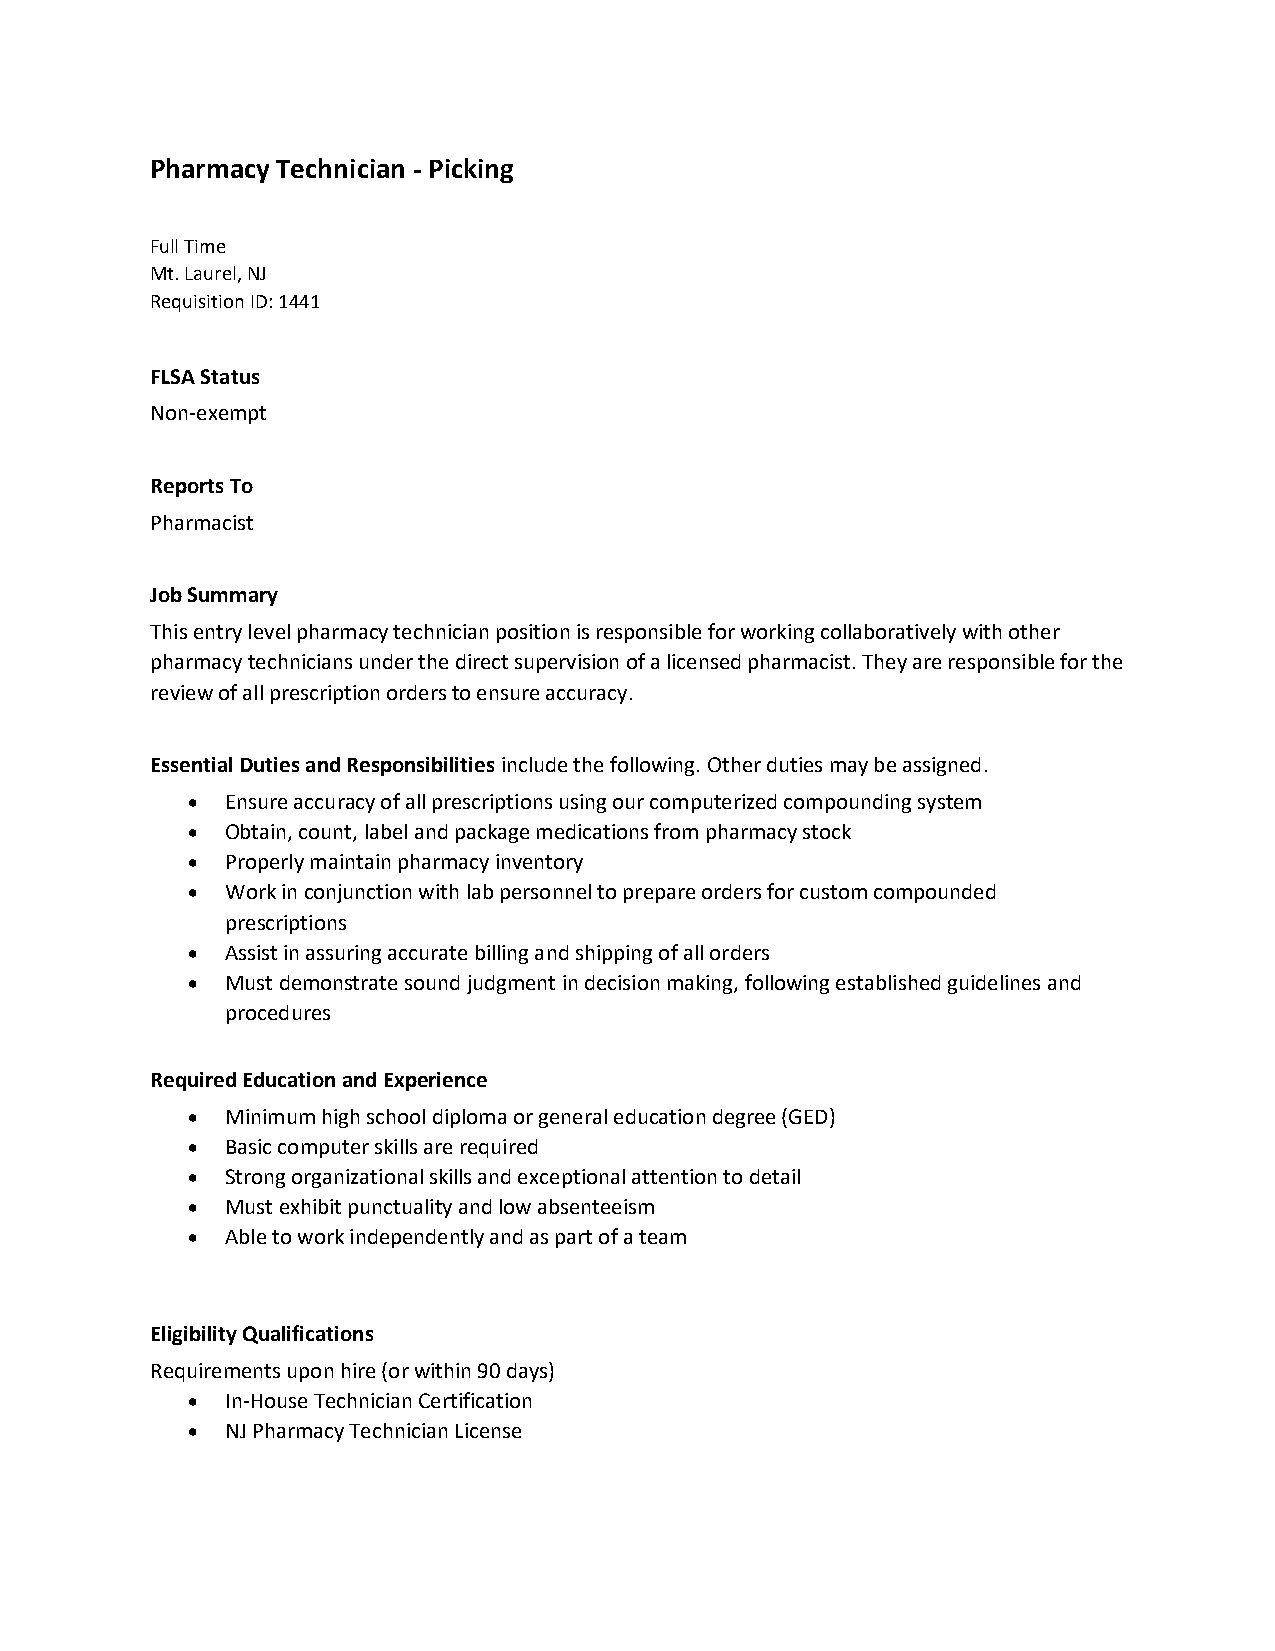
Pharmacy Technician - Picking
 Full Time
 Mt. Laurel, NJ
 Requisition ID: 1441
 FLSA Status
 Non-exempt
 Reports To
 Pharmacist
 Job Summary
 This entry level pharmacy technician position is responsible for working collaboratively with other
 pharmacy technicians under the direct supervision of a licensed pharmacist. They are responsible for the
 review of all prescription orders to ensure accuracy.
 Essential Duties and Responsibilities include the following. Other duties may be assigned.
 •  Ensure accuracy of all prescriptions using our computerized compounding system
 •  Obtain, count, label and package medications from pharmacy stock
 •  Properly maintain pharmacy inventory
 •  Work in conjunction with lab personnel to prepare orders for custom compounded
 prescriptions
 •  Assist in assuring accurate billing and shipping of all orders
 •  Must demonstrate sound judgment in decision making, following established guidelines and
 procedures
 Required Education and Experience
 •  Minimum high school diploma or general education degree (GED)
 •  Basic computer skills are required
 •  Strong organizational skills and exceptional attention to detail
 •  Must exhibit punctuality and low absenteeism
 •  Able to work independently and as part of a team
 Eligibility Qualifications
 Requirements upon hire (or within 90 days)
 •  In-House Technician Certification
 •  NJ Pharmacy Technician License